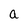
Character: a